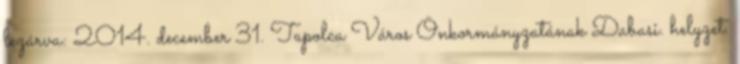
lezárva: 2014. december 31. Tapolca Város Önkormányzatának Dabasi. helyzet.